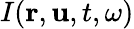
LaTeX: I(\boldsymbol{\mathbf{r}},\boldsymbol{\mathbf{u}},t,\omega)